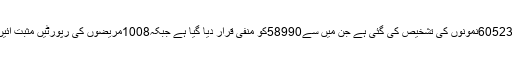
ابتک60523نمونوں کی تشخیص کی گئی ہے جن میں سے58990کو منفی قرار دیا گیا ہے جبکہ1008مریضوں کی رپورٹیں مثبت آئیں ہیں۔